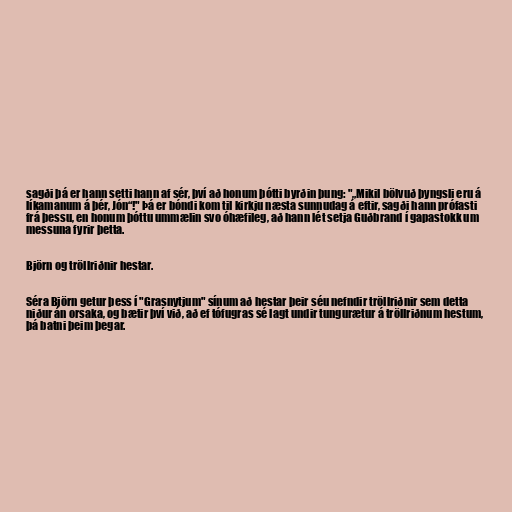
sagði þá er hann setti hann af sér, því að honum þótti byrðin þung: "„Mikil bölvuð þyngsli eru á
líkamanum á þér, Jón“!" Þá er bóndi kom til kirkju næsta sunnudag á eftir, sagði hann prófasti
frá þessu, en honum þóttu ummælin svo óhæfileg, að hann lét setja Guðbrand í gapastokk um
messuna fyrir þetta.

Björn og tröllriðnir hestar.

Séra Björn getur þess í "Grasnytjum" sínum að hestar þeir séu nefndir tröllriðnir sem detta
niður án orsaka, og bætir því við, að ef tófugras sé lagt undir tungurætur á tröllriðnum hestum,
þá batni þeim þegar.